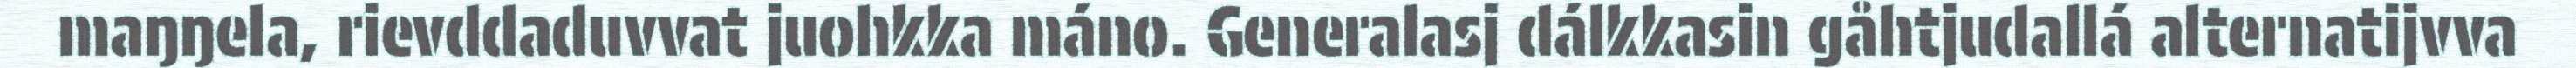
maŋŋela, rievddaduvvat juohkka máno. Generalasj dálkkasin gåhtjudallá alternatijvva